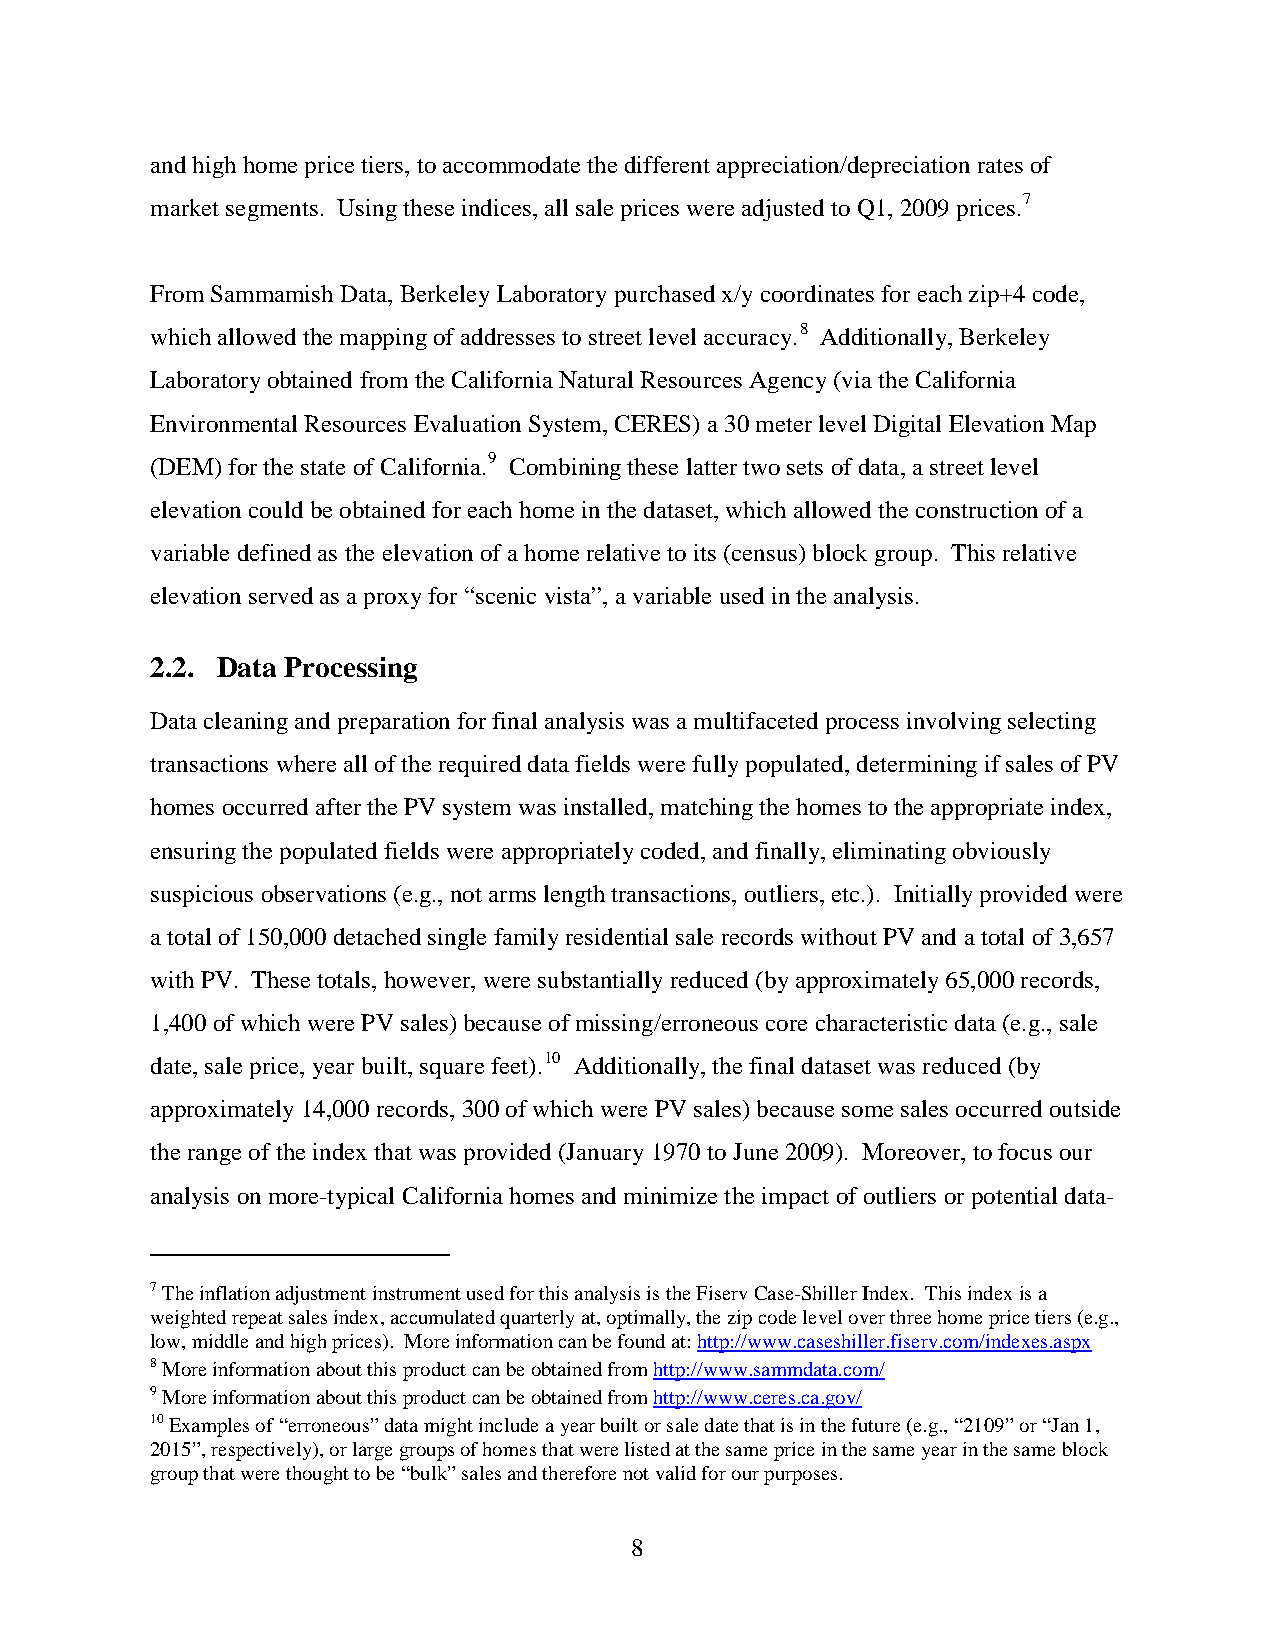
and high home price tiers, to accommodate the different appreciation/depreciation rates of
 market segments. Using these indices, all sale prices were adjusted to Q1, 2009 prices.7
 From Sammamish Data, Berkeley Laboratory purchased x/y coordinates for each zip+4 code,
 which allowed the mapping of addresses to street level accuracy.8 Additionally, Berkeley
 Laboratory obtained from the California Natural Resources Agency (via the California
 Environmental Resources Evaluation System, CERES) a 30 meter level Digital Elevation Map
 (DEM) for the state of California.9 Combining these latter two sets of data, a street level
 elevation could be obtained for each home in the dataset, which allowed the construction of a
 variable defined as the elevation of a home relative to its (census) block group. This relative
 elevation served as a proxy for “scenic vista”, a variable used in the analysis.
 2.2. Data Processing
 Data cleaning and preparation for final analysis was a multifaceted process involving selecting
 transactions where all of the required data fields were fully populated, determining if sales of PV
 homes occurred after the PV system was installed, matching the homes to the appropriate index,
 ensuring the populated fields were appropriately coded, and finally, eliminating obviously
 suspicious observations (e.g., not arms length transactions, outliers, etc.). Initially provided were
 a total of 150,000 detached single family residential sale records without PV and a total of 3,657
 with PV. These totals, however, were substantially reduced (by approximately 65,000 records,
 1,400 of which were PV sales) because of missing/erroneous core characteristic data (e.g., sale
 date, sale price, year built, square feet).10 Additionally, the final dataset was reduced (by
 approximately 14,000 records, 300 of which were PV sales) because some sales occurred outside
 the range of the index that was provided (January 1970 to June 2009). Moreover, to focus our
 analysis on more-typical California homes and minimize the impact of outliers or potential data-
 7 The inflation adjustment instrument used for this analysis is the Fiserv Case-Shiller Index. This index is a
 weighted repeat sales index, accumulated quarterly at, optimally, the zip code level over three home price tiers (e.g.,
 low, middle and high prices). More information can be found at: http://www.caseshiller.fiserv.com/indexes.aspx
 8 More information about this product can be obtained from http://www.sammdata.com/
 9 More information about this product can be obtained from http://www.ceres.ca.gov/
 10 Examples of “erroneous” data might include a year built or sale date that is in the future (e.g., “2109” or “Jan 1,
 2015”, respectively), or large groups of homes that were listed at the same price in the same year in the same block
 group that were thought to be “bulk” sales and therefore not valid for our purposes.
 8